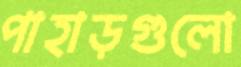
পাহাড়গুলো